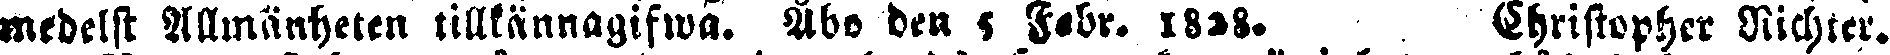
medelst Allmänheten tillkännagifwa. Åbo den 5 Febr. 1838. Christopher Nichter.